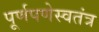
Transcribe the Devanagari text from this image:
पूर्णपणेस्वतंत्र